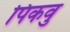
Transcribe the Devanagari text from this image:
पिकवु